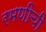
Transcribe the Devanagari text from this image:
रमणीची